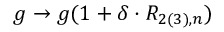
g \rightarrow g ( 1 + \delta \cdot R _ { 2 ( 3 ) , n } )